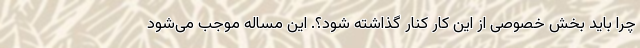
چرا باید بخش خصوصی از این کار کنار گذاشته شود؟. این مساله موجب می‌شود